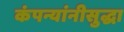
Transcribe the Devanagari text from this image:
कंपन्यांनीसुद्धा